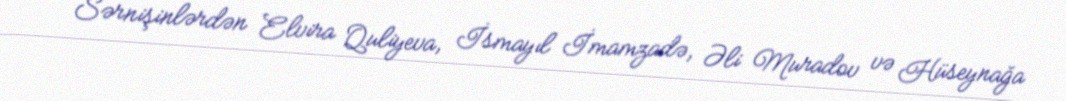
Sərnişinlərdən Elvira Quliyeva, İsmayıl İmamzadə, Əli Muradov və Hüseynağa